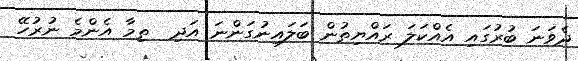
ދެވަނަ ބުރުގައި އެއްކަލަ ރައްޔިތުން ބަލައިނުގަންނަ އަދި  ތިމާ އެންމެ ނުރުހޭ